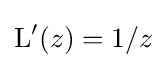
\operatorname {L} '(z)=1/z